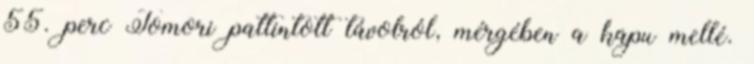
55. perc Tomori pattintott távolról, mérgében a kapu mellé.